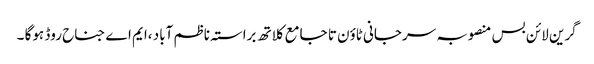
گرین لائن بس منصوبہ سرجانی ٹاوٴن تا جامع کلاتھ براستہ ناظم آباد ،ایم اے جناح روڈ ہوگا ۔